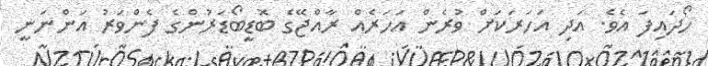
ހޯދައިފަ އެވެ. އަދި އަހަރަކަށް ވުރެން އަހަރެއް ރާއްޖޭގެ ބޮޑީބޯޑަރުންގެ ފެންވަރު އަންނަނީ